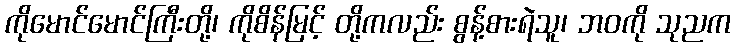
ကိုမောင်မောင်ကြီးတို့၊ ကိုစိန်မြင့် တို့ကလည်း စွန့်စားရဲသူ၊ ဘဝကို သုညက